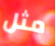
مثل